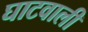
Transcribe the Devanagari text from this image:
घाटवाली